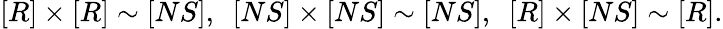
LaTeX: [R]\times[R]\sim[NS],\ \ [NS]\times[NS]\sim[NS],\ \ [R]\times[NS]\sim[R].